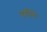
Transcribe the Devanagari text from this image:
बगीचें